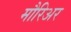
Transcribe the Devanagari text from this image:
मौरिअर